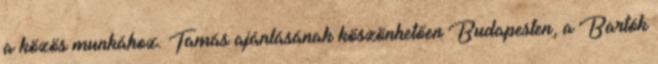
a közös munkához. Tamás ajánlásának köszönhetően Budapesten, a Bartók